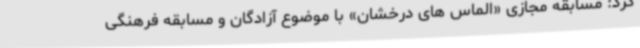
کرد: مسابقه مجازی «الماس های درخشان» با موضوع آزادگان و مسابقه فرهنگی